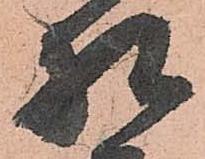
相